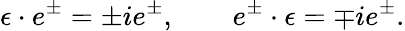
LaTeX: \epsilon\cdot e^{\pm}=\pm ie^{\pm},\qquad e^{\pm}\cdot\epsilon=\mp ie^{\pm}.